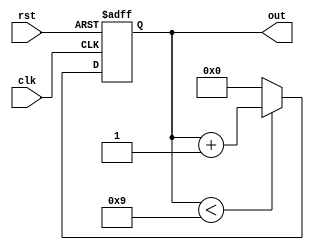
module decade_counter(clk,rst,out);
  input clk,rst;
  output reg [3:0] out;
  
  
  always@(negedge clk or negedge rst)
    begin

      if(!rst) 
		  out <= 0; 
        
      else if(out < 4'd9)
        out <= out + 4'd1;
      
      else 
        out <= 0;
        
    end
endmodule